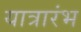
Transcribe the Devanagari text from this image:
यात्रारंभ